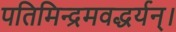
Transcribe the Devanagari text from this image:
पतिमिन्द्रमवद्धर्यन्।